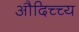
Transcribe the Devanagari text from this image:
औदिच्च्य